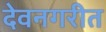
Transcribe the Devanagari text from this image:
देवनगरीत